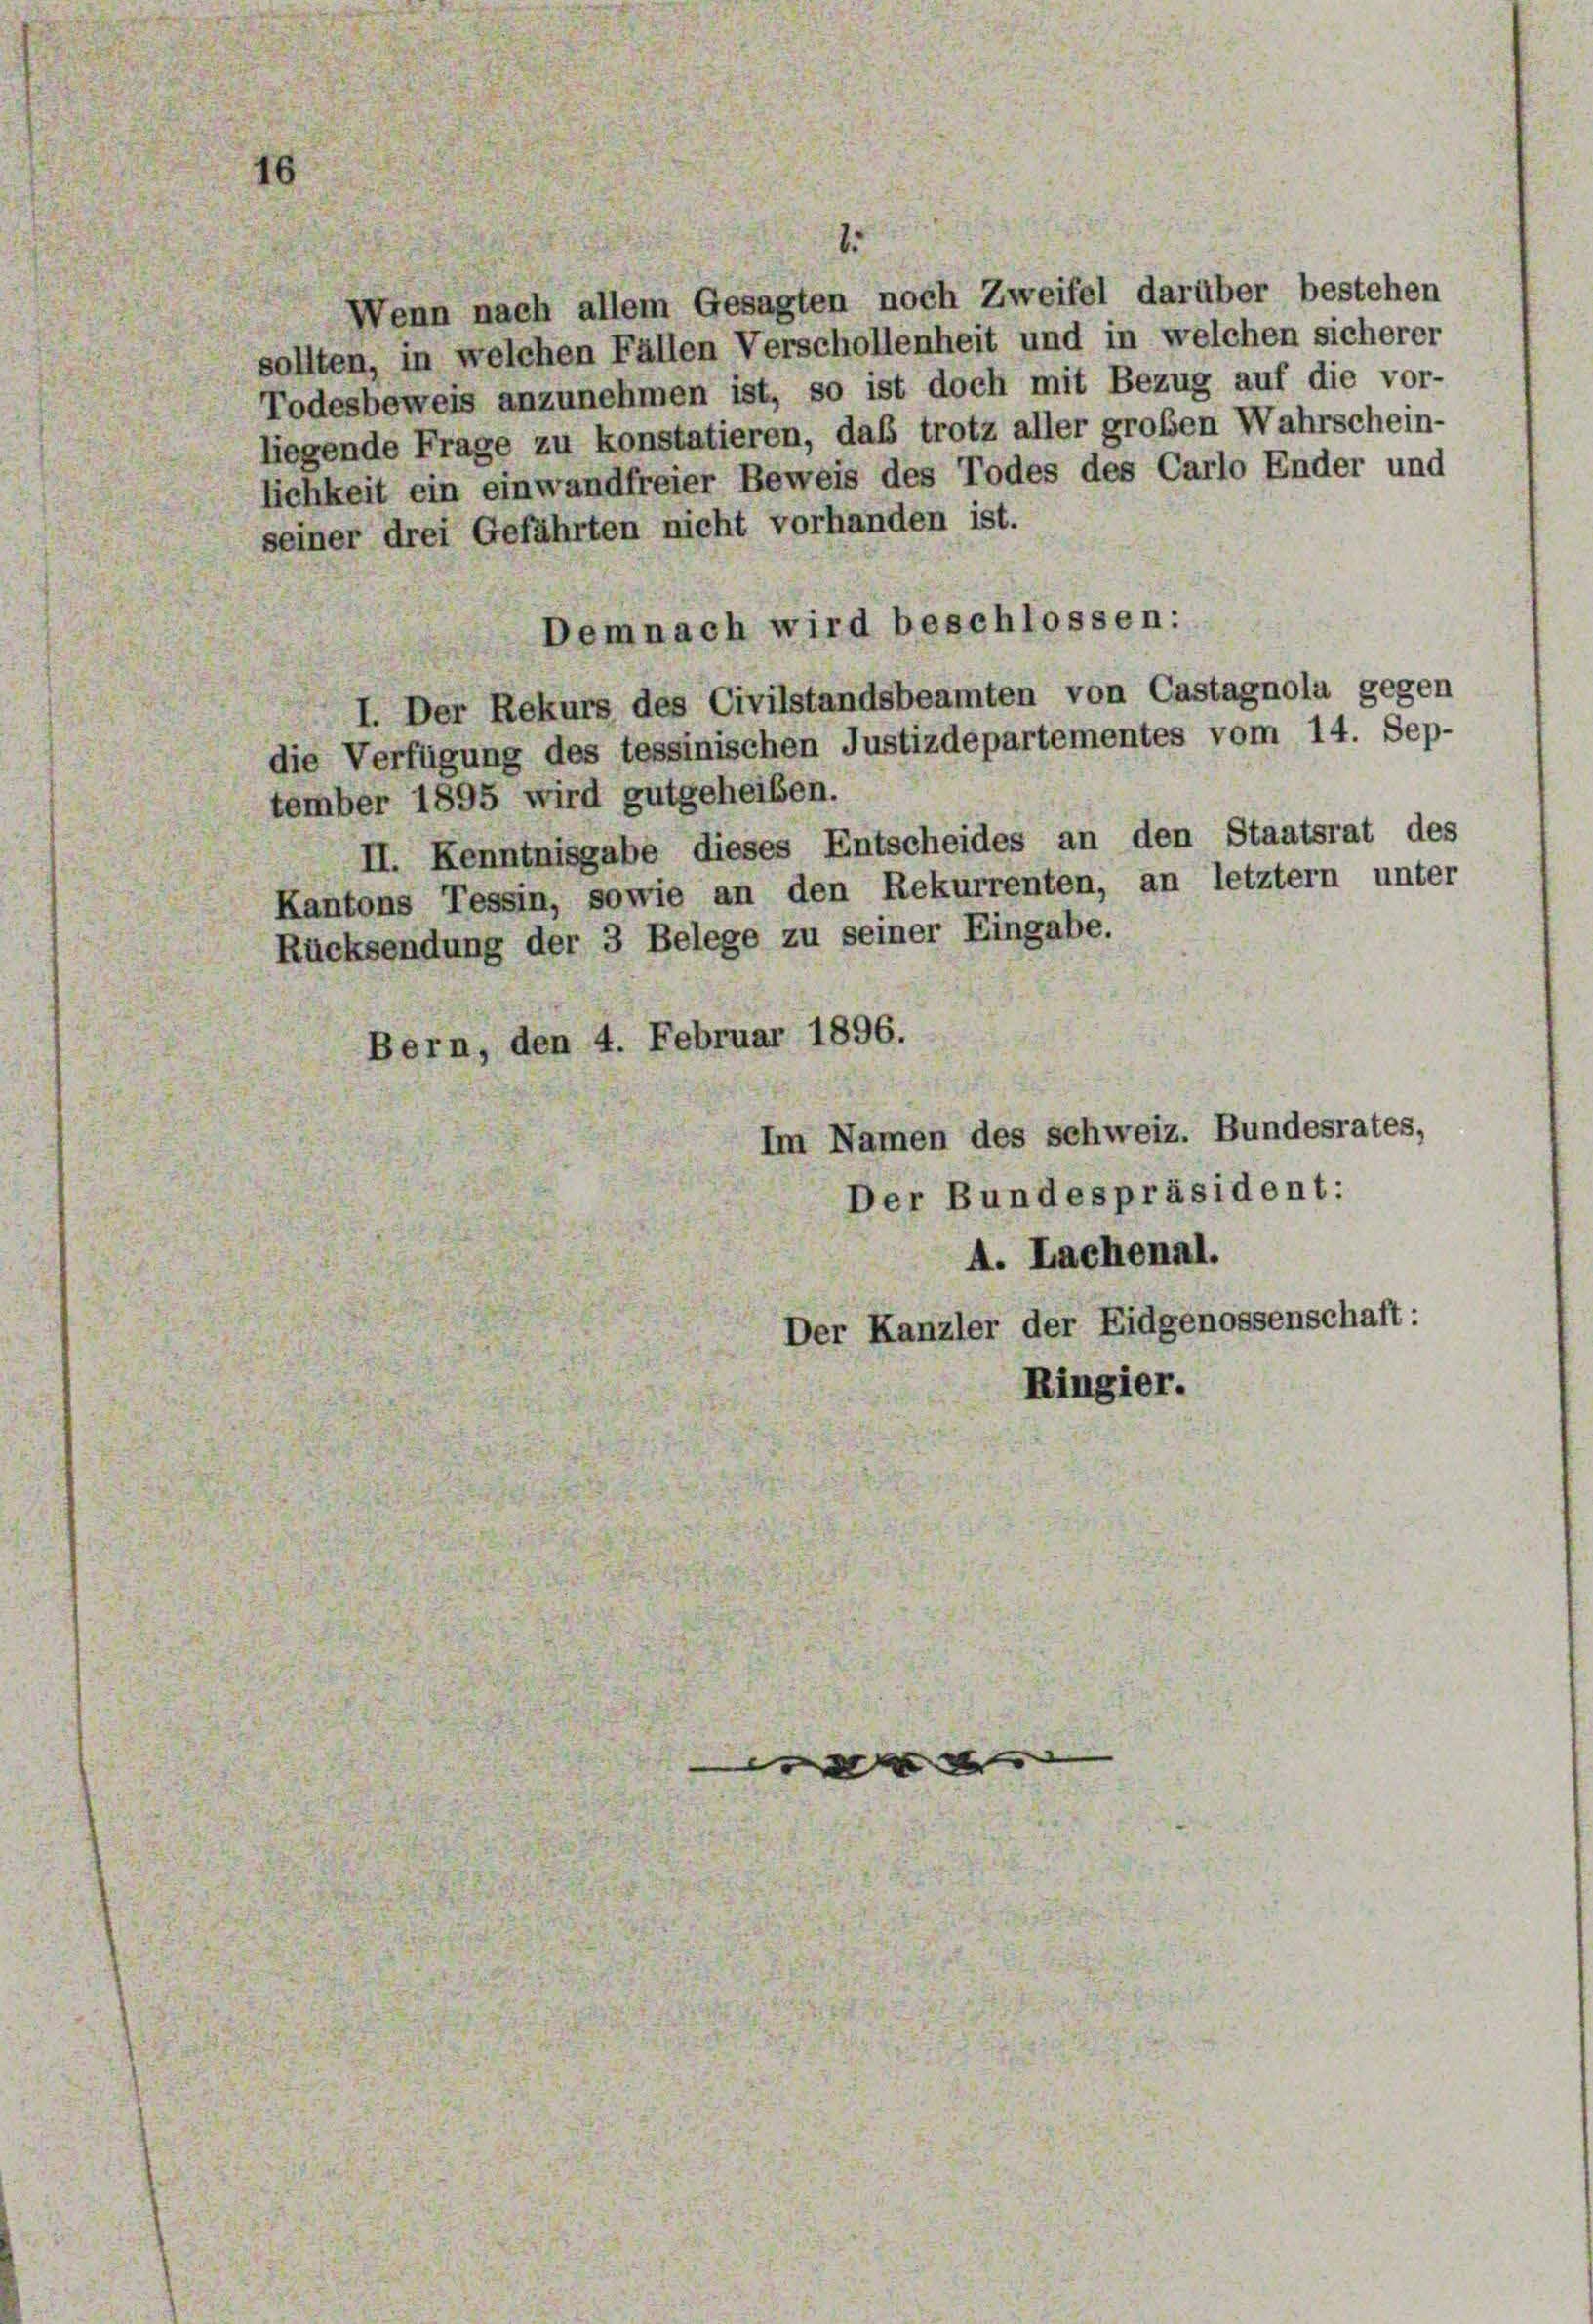
Wenn nach allem Gesagten noch Zweifel darüber bestehen
sollten, in welchen Fällen Verschollenheit und in welchen sicherer
Todesbeweis anzunehmen ist, so ist doch mit Bezug auf die vor-
liegende Frage zu konstatieren, daß trotz aller großen Wahrschein-
lichkeit ein einwandfreier Beweis des Todes des Carlo Ender und
seiner drei Gefährten nicht vorhanden ist.
demnach wird beschlossen:
Der Rekurs des Civilstandsbeamten von Castagnola gegen
die Verfügung des tessinischen Justizdepartementes vom 14. Sep-
tember 1895 wird gutgeheißen.
II. Kenntnisgabe dieses Entscheides an den Staatsrat des
Kantons Tessin, sowie an den Rekurrenten, an letztem unter
Rücksendung der 3 Belege zu seiner Eingabe.
Bern, den 4. Februar 1896.
Im Namen des schweiz. Bundesrates,
Der Bundespräsident:
A. Lachenal.
Der Kanzler der Eidgenossenschaft:
Ringier.

e

s

e